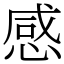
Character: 感